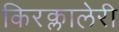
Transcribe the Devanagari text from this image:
किरक्लालेरी